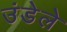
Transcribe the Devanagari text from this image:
उंडेले